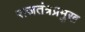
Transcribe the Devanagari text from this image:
राजतंत्रप्रमुख